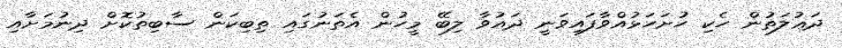
ދަޢުލަތުން ހެކި ހުށަހަޅުއްވާފައިވަނީ ދައުވާ ލިބޭ މީހުން އެތަނުގައި ތިބިކަން ސާބިތުކޮށް ދިނުމަށާއި